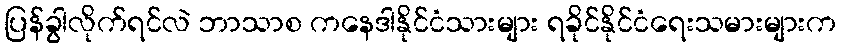
ပြန်ခွါလိုက်ရင်လဲ ဘာသာစ ကနေဒါနိုင်ငံသားများ ရခိုင်နိုင်ငံရေးသမားများက